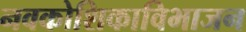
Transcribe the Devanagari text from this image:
नवकोशिकाविभाजन